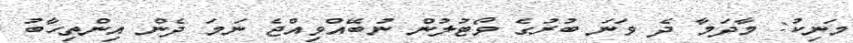
މަނިކު: މާދަމާ ދެ ވަނަ ބުރުގެ ވޯޓުލުން ނުބޭއްވިއްޖެ ނަމަ ދެން އިންތިހާބު